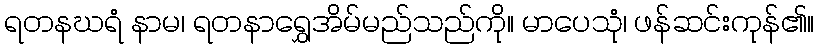
ရတနဃရံ နာမ၊ ရတနာရွှေအိမ်မည်သည်ကို။ မာပေသုံ၊ ဖန်ဆင်းကုန်၏။